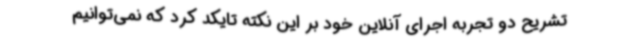
تشریح دو تجربه اجرای آنلاین خود بر این نکته تایکد کرد که نمی‌توانیم